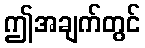
ဤအချက်တွင်